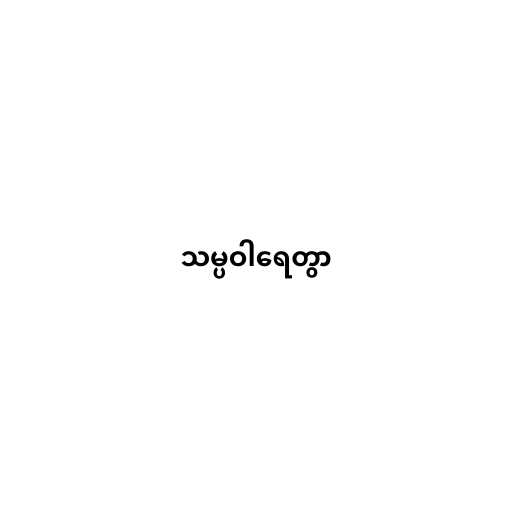
သမ္ပဝါရေတွာ